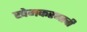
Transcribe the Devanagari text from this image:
खेमकरणाची